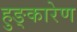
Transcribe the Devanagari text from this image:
हुङ्कारेण